Leningradi_Edasi_toimetus, lk 195
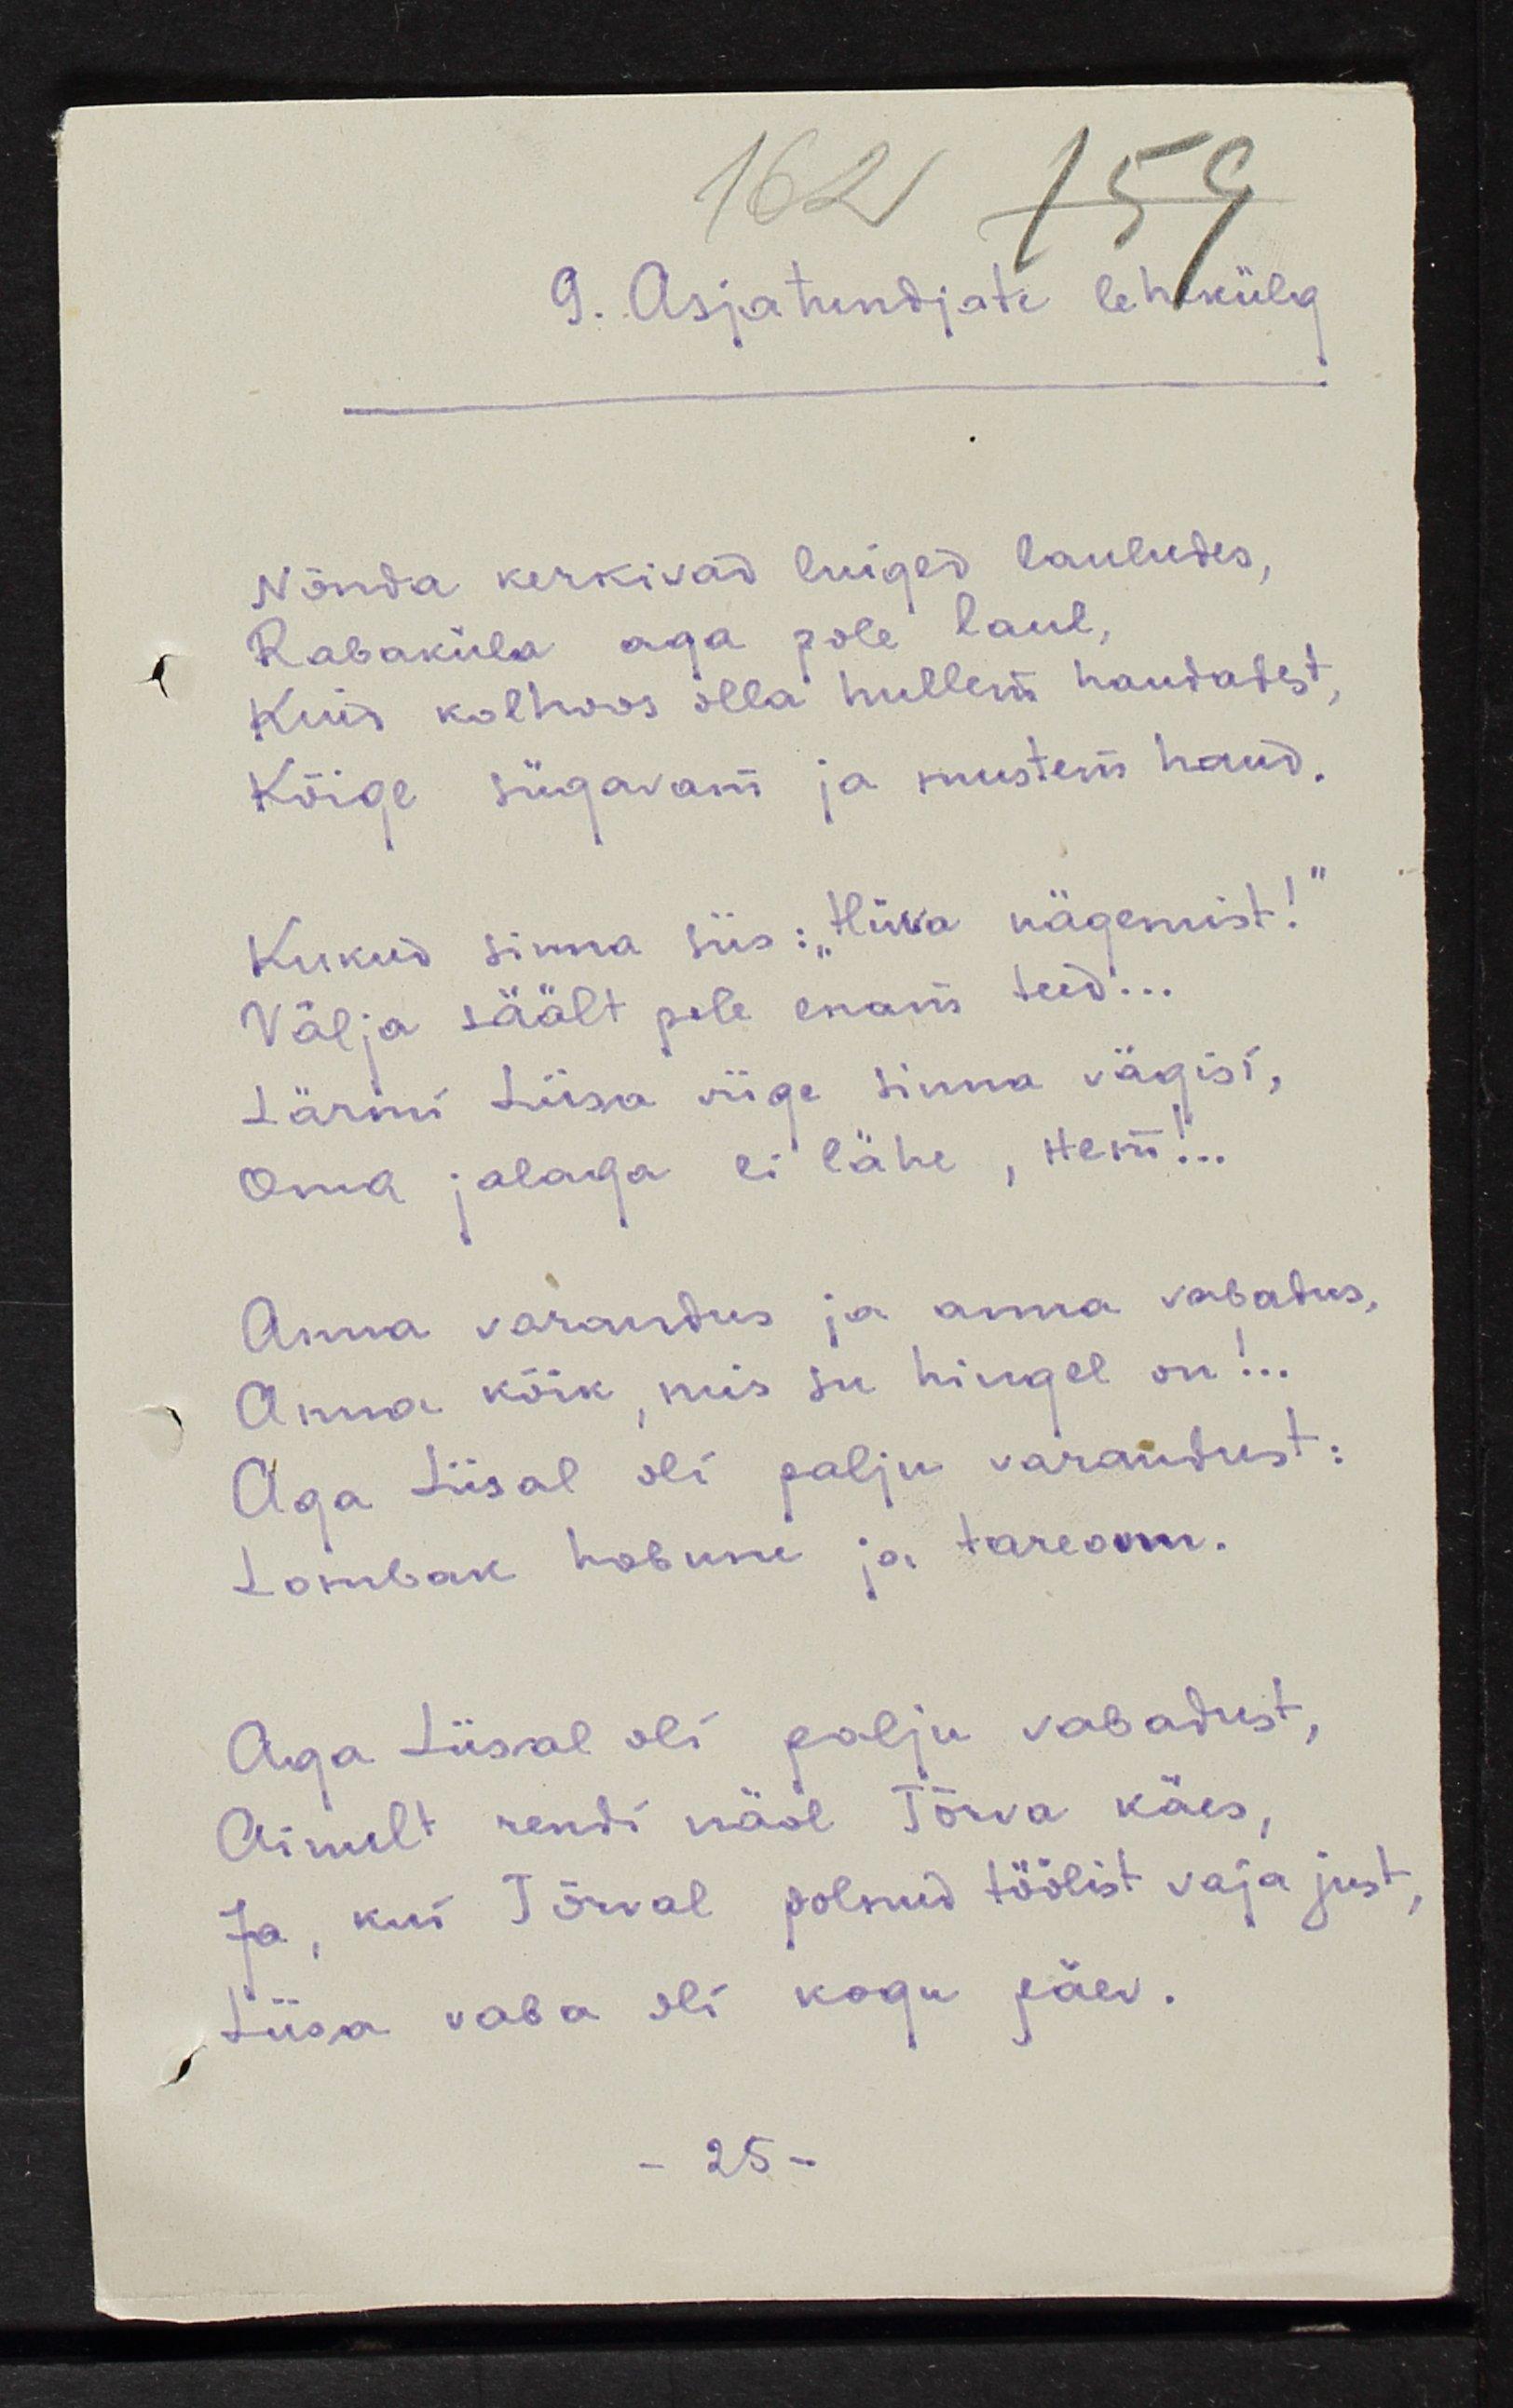
9. Asjatundjate lehekülg
Nõnda kerkivad luiged lauludes,
Rabaküla aga pole laul,
Kuid kolhoos olla hullem haudadest,
Kõige sügavam ja mustem haud.
Kukud sinna siis: "Hüva nägemist!"
Välja säält pole enam teed...
Lärmi liisa viige sinna vägisi,
Oma jalaga ei lähe, нет!..
Anna varandus ja anna vabadus,
Anna kõik, mis su hingel on!..
Aga Liisal oli palju varandust:
Lombak hobune ja tareonn.
Aga Liisal oli palju vabadust
Ainult rendi näol Tõrva käes,
Ja, kui Tõrval polnud töölist vaja just,
Liisa vaba oli kogu päev.